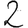
Digit: 2